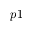
p 1